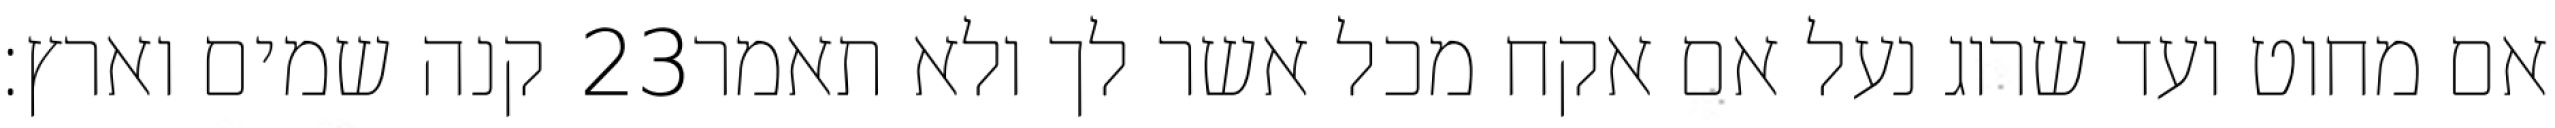
קנה שמים וארץ׃ ‎23‏ אם מחוט ועד שרוג נעל אם אקח מכל אשר לך ולא תאמר